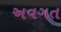
અવગત